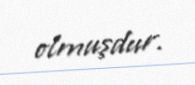
olmuşdur.